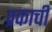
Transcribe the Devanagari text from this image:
प्रकाची